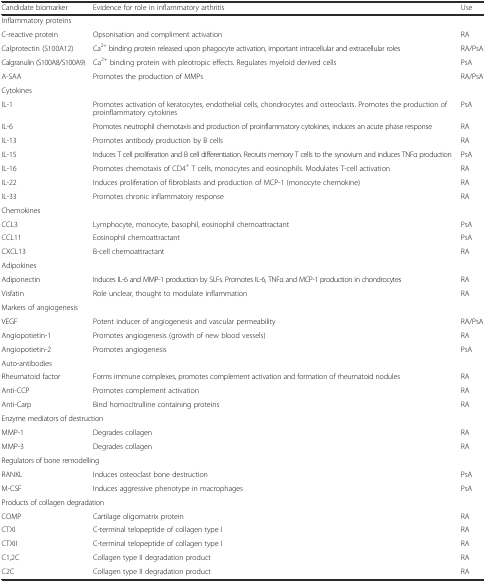
<table><thead><tr><td><b>Candidate biomarker</b></td><td><b>Evidence for role in inflammatory arthritis</b></td><td><b>Use</b></td></tr></thead><tbody><tr><td colspan="2">Inflammatory proteins</td><td></td></tr><tr><td>C-reactive protein</td><td>Opsonisation and compliment activation</td><td>RA</td></tr><tr><td>Calprotectin (S100A12)</td><td>Ca<sup>2+</sup> binding protein released upon phagocyte activation, important intracellular and extracellular roles</td><td>RA/PsA</td></tr><tr><td>Calgranulin (S100A8/S100A9)</td><td>Ca<sup>2+</sup> binding protein with pleotropic effects. Regulates myeloid derived cells</td><td>PsA</td></tr><tr><td>A-SAA</td><td>Promotes the production of MMPs</td><td>RA/PsA</td></tr><tr><td>Cytokines</td><td></td><td></td></tr><tr><td>IL-1</td><td>Promotes activation of keratocytes, endothelial cells, chondrocytes and osteoclasts. Promotes the production of proinflammatory cytokines</td><td>PsA</td></tr><tr><td>IL-6</td><td>Promotes neutrophil chemotaxis and production of proinflammatory cytokines, induces an acute phase response</td><td>RA</td></tr><tr><td>IL-13</td><td>Promotes antibody production by B cells</td><td>RA</td></tr><tr><td>IL-15</td><td>Induces T cell proliferation and B cell differentiation. Recruits memory T cells to the synovium and induces TNFα production</td><td>PsA</td></tr><tr><td>IL-16</td><td>Promotes chemotaxis of CD4<sup>+</sup> T cells, monocytes and eosinophils. Modulates T-cell activation</td><td>RA</td></tr><tr><td>IL-22</td><td>Induces proliferation of fibroblasts and production of MCP-1 (monocyte chemokine)</td><td>RA</td></tr><tr><td>IL-33</td><td>Promotes chronic inflammatory response</td><td>RA</td></tr><tr><td>Chemokines</td><td></td><td></td></tr><tr><td>CCL3</td><td>Lymphocyte, monocyte, basophil, eosinophil chemoattractant</td><td>PsA</td></tr><tr><td>CCL11</td><td>Eosinophil chemoattractant</td><td>PsA</td></tr><tr><td>CXCL13</td><td>B-cell chemoattractant</td><td>RA</td></tr><tr><td>Adipokines</td><td></td><td></td></tr><tr><td>Adiponectin</td><td>Induces IL-6 and MMP-1 production by SLFs. Promotes IL-6, TNFα and MCP-1 production in chondrocytes</td><td>RA</td></tr><tr><td>Visfatin</td><td>Role unclear, thought to modulate inflammation</td><td>RA</td></tr><tr><td colspan="2">Markers of angiogenesis</td><td></td></tr><tr><td>VEGF</td><td>Potent inducer of angiogenesis and vascular permeability</td><td>RA/PsA</td></tr><tr><td>Angiopotietin-1</td><td>Promotes angiogenesis (growth of new blood vessels)</td><td>RA</td></tr><tr><td>Angiopotietin-2</td><td>Promotes angiogenesis</td><td>PsA</td></tr><tr><td>Auto-antibodies</td><td></td><td></td></tr><tr><td>Rheumatoid factor</td><td>Forms immune complexes, promotes complement activation and formation of rheumatoid nodules</td><td>RA</td></tr><tr><td>Anti-CCP</td><td>Promotes complement activation</td><td>RA</td></tr><tr><td>Anti-Carp</td><td>Bind homocitrulline containing proteins</td><td>RA</td></tr><tr><td colspan="2">Enzyme mediators of destruction</td><td></td></tr><tr><td>MMP-1</td><td>Degrades collagen</td><td>RA</td></tr><tr><td>MMP-3</td><td>Degrades collagen</td><td>RA</td></tr><tr><td colspan="2">Regulators of bone remodelling</td><td></td></tr><tr><td>RANKL</td><td>Induces osteoclast bone destruction</td><td>PsA</td></tr><tr><td>M-CSF</td><td>Induces aggressive phenotype in macrophages</td><td>PsA</td></tr><tr><td colspan="2">Products of collagen degradation</td><td></td></tr><tr><td>COMP</td><td>Cartilage oligomatrix protein</td><td>RA</td></tr><tr><td>CTXI</td><td>C-terminal telopeptide of collagen type I</td><td>RA</td></tr><tr><td>CTXII</td><td>C-terminal telopeptide of collagen type I</td><td>RA</td></tr><tr><td>C1,2C</td><td>Collagen type II degradation product</td><td>RA</td></tr><tr><td>C2C</td><td>Collagen type II degradation product</td><td>RA</td></tr></tbody></table>